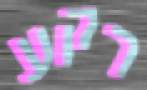
רקע